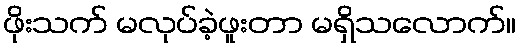
ဖိုးသက် မလုပ်ခဲ့ဖူးတာ မရှိသလောက်။